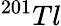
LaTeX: {}^{201}Tl